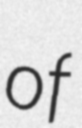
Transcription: of